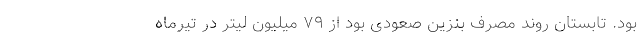
بود. تابستان روند مصرف بنزین صعودی بود از ۷۹ میلیون لیتر در تیرماه